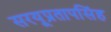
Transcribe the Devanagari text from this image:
सरयूप्रतापसिंह